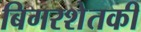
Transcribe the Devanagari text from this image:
बिगरशेतकी